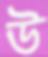
উ